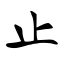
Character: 止